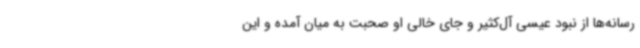
رسانه‌ها از نبود عیسی آل‌کثیر و جای خالی او صحبت به میان آمده و این